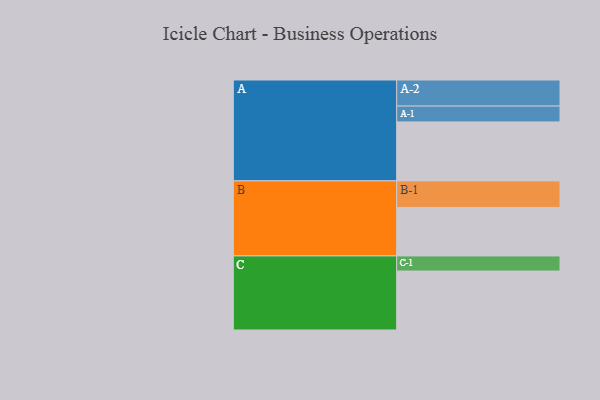
{"axis": {"x": "Segment", "y": "Value"}, "legend": ["", "A", "B", "C"], "data": [{"x": "A", "y": 484, "type": ""}, {"x": "B", "y": 398, "type": ""}, {"x": "C", "y": 484, "type": ""}, {"x": "A-1", "y": 130, "type": "A"}, {"x": "A-2", "y": 214, "type": "A"}, {"x": "B-1", "y": 218, "type": "B"}, {"x": "C-1", "y": 124, "type": "C"}]}